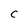
Character: C